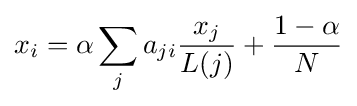
x_{i}=\alpha \sum _{j}a_{ji}{\frac {x_{j}}{L(j)}}+{\frac {1-\alpha }{N}}